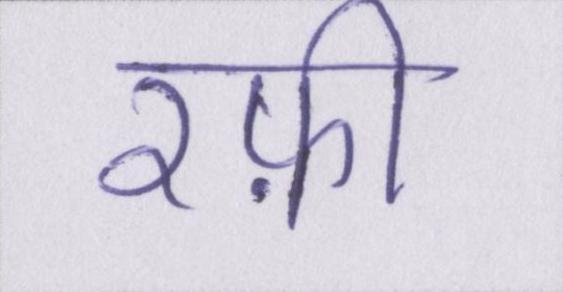
रफ़ी